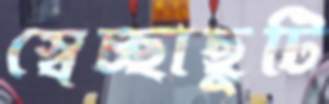
স্বেচ্ছাছুটি